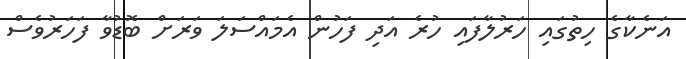
އަނެކާގެ ހިތުގައި ހަރުލާފައި ހުރެ އަދި ފަހުން އެމައްސަލަ ވަރަށް ބޮޑުވާ ފަހަރުވެސް